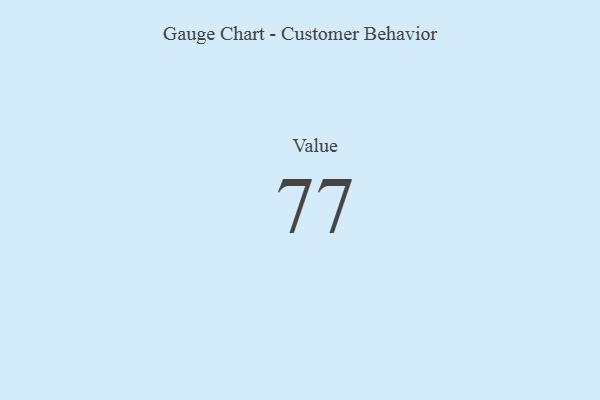
{"axis": {"x": "Metric", "y": "Value"}, "legend": [""], "data": [{"x": "Value", "y": 77, "type": ""}]}